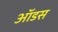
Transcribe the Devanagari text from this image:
ऑडस